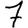
Digit: 7